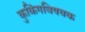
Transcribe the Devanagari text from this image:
कुकिंगविषयक